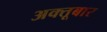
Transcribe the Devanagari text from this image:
अक्तूबार